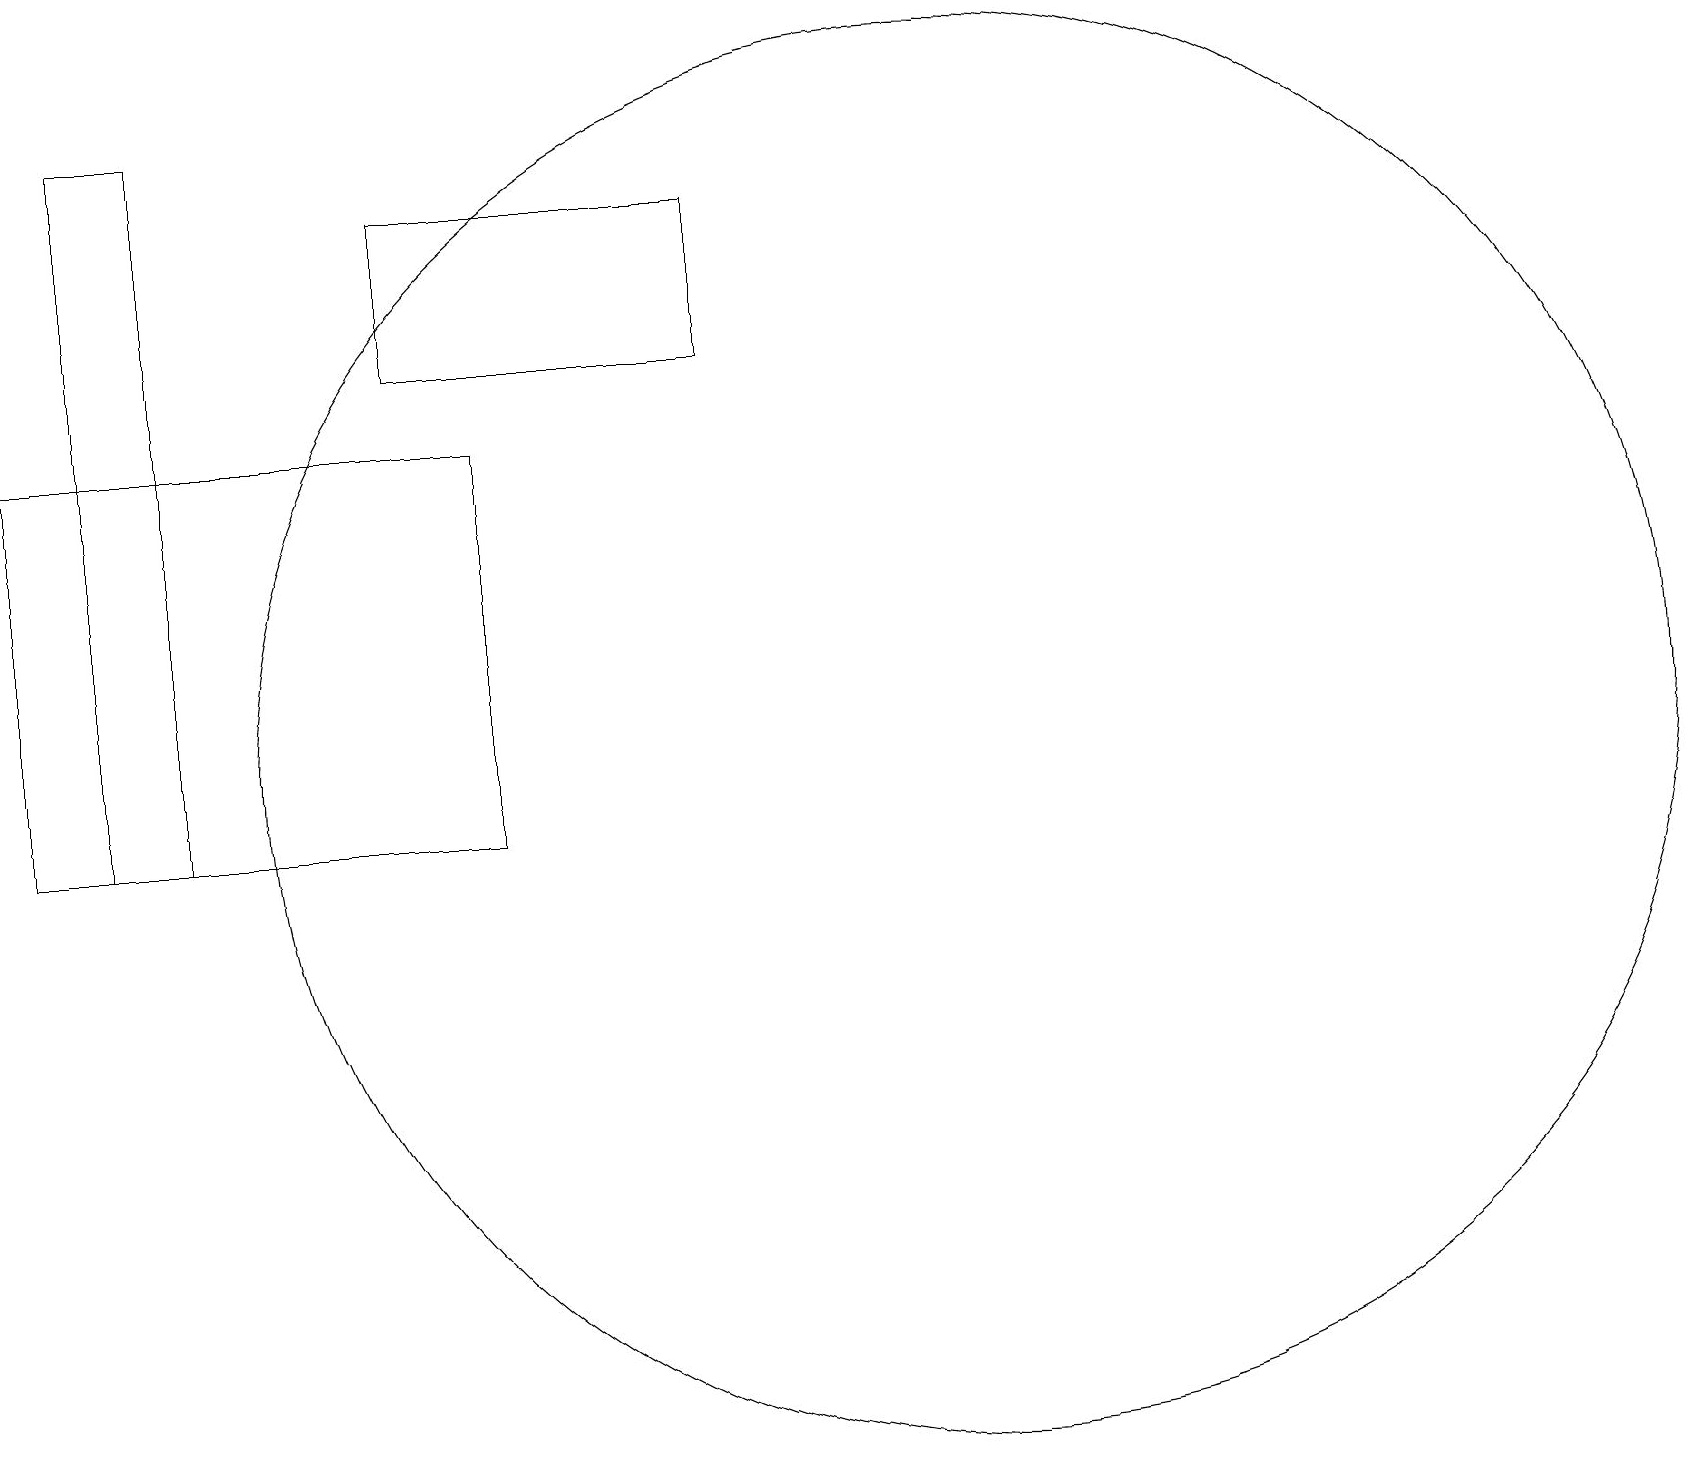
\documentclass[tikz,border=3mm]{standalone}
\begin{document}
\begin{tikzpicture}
\draw (9,16) rectangle (5,18);
\draw (1,10) rectangle (2,19);
\draw (6,15) rectangle (0,10);
\draw (12,11) circle (9);
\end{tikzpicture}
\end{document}